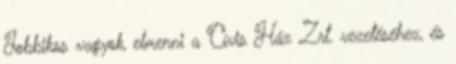
Jobbikos vagyok, elmenni a Cívis Ház Zrt. vezetéséhez, és